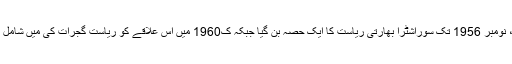
جونا گڑھ، نومبر 1956 تک سوراشٹرا بھارتی ریاست کا ایک حصہ بن گیا جبکہ ک1960 میں اس علاقے کو ریاست گجرات کی میں شامل کر لیا گیا۔